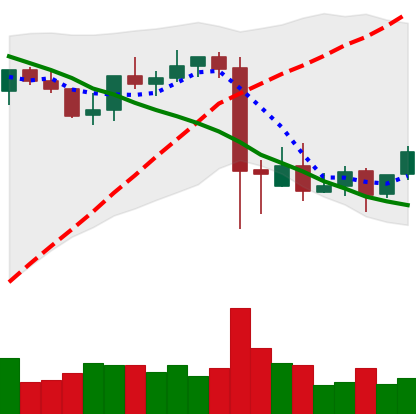
Ticker: BNB-USD
Chart end date: 2021-09-15
Forward return: -16.1%
Label: down_7plus